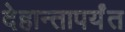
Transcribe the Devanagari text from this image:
देहान्तापर्यंत